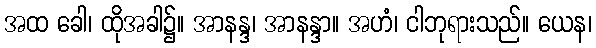
အထ ခေါ၊ ထိုအခါ၌။ အာနန္ဒ၊ အာနန္ဒာ။ အဟံ၊ ငါဘုရားသည်။ ယေန၊